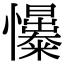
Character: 𢥟